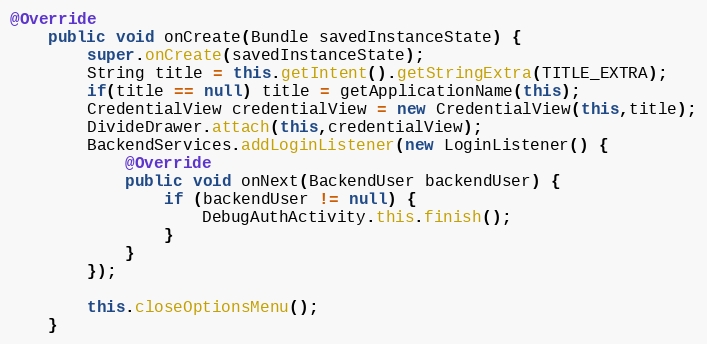
Language: Java
@Override
    public void onCreate(Bundle savedInstanceState) {
        super.onCreate(savedInstanceState);
        String title = this.getIntent().getStringExtra(TITLE_EXTRA);
        if(title == null) title = getApplicationName(this);
        CredentialView credentialView = new CredentialView(this,title);
        DivideDrawer.attach(this,credentialView);
        BackendServices.addLoginListener(new LoginListener() {
            @Override
            public void onNext(BackendUser backendUser) {
                if (backendUser != null) {
                    DebugAuthActivity.this.finish();
                }
            }
        });

        this.closeOptionsMenu();
    }